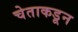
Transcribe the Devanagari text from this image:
चेताकडून